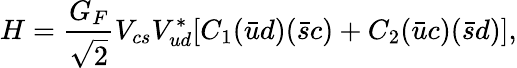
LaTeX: H=\frac{G_{F}}{\sqrt{2}}V_{cs}V_{ud}^{*}[C_{1}(\bar{u}d)(\bar{s}c)+C_{2}(\bar{u}c)(\bar{s}d)],